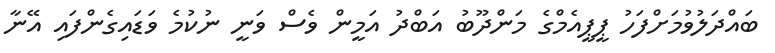
ބައްދަލުވުމަށްފަހު ޕީޕީއެމްގެ މަންދޫބު އަބްދު އަމީން ވެސް ވަނީ ނުކުމެ ވަޑައިގެންފައި އޭނާ